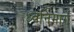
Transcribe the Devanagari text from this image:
ध्वनिमार्ग